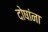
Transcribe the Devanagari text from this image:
दोषांना